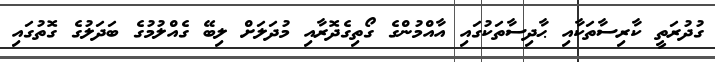
ގުދުރަތީ ކާރިސާތަކާއި ޙާދިސާތަކުގައި އާއްމުންގެ ގޯތިގެދޮރާއި މުދަލަށް ލިބޭ ގެއްލުމުގެ ބަދަލުގެ ގޮތުގައި